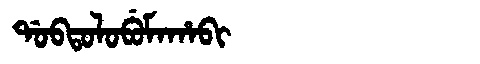
Manchu: ᡩᠣᠪᡨᠣᠯᠣᠪᡠᠮᠠᡥᠠᠪᡳ
Romanization: DOBTOLOBUMAHABI